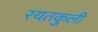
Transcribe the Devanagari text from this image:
रयतकुली